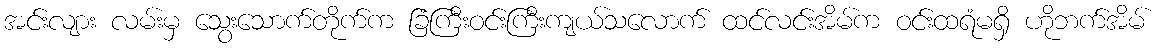
အင်းလျား လမ်းမှ သွေးသောက်တိုက်က ခြံကြီးဝင်းကြီးကျယ်သလောက် ထင်လင်းအိမ်က ဝင်းထရံမရှိ ဟိုဘက်အိမ်